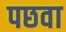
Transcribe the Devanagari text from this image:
पछवा